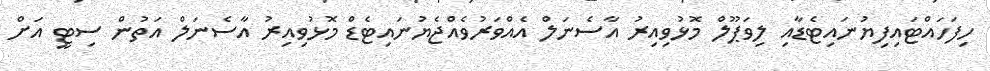
ހިފަހައްޓައިފިޔުނައިޓެޑާއި ލިވަޕޫލް މޮޅުވިއިރު އާސެނަލް އެއްވަރުވެއްޖެޔުނައިޓެޑް މޮޅުވިއިރު އާސެނަލް އަތުން ސިޓީ އަށް